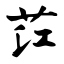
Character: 茳